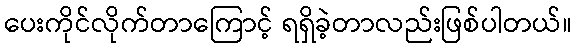
ပေးကိုင်လိုက်တာကြောင့် ရရှိခဲ့တာလည်းဖြစ်ပါတယ်။